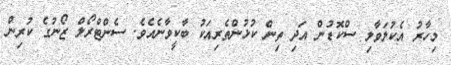
މިހާރު އެކުލަވާލި ސްކޮޑުން އަދި ތިން ކުޅުންތެރިއަކު ބާކީވާނެއެވެ. ސެންޓްރޯލް ޒޯނުގެ ކުރިން